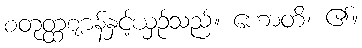
စတုတ္ထဈာန်နှင့်ယှဉ်သည်။ ဟောတိ၊ ၏။